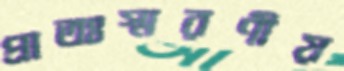
প্রাতঃস্মরণীয়